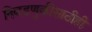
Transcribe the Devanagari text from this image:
निवडणुकीसाठीही